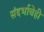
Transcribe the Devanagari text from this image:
संदर्भाचेही